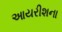
આયરીશના